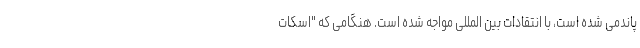
پاندمی شده است، با انتقادات بین المللی مواجه شده است. هنگامی که "اسکات